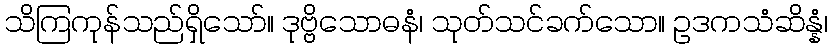
သိကြကုန်သည်ရှိသော်။ ဒုဗ္ဗိသောဓနံ၊ သုတ်သင်ခက်သော။ ဥဒကသံဆိန္နံ၊